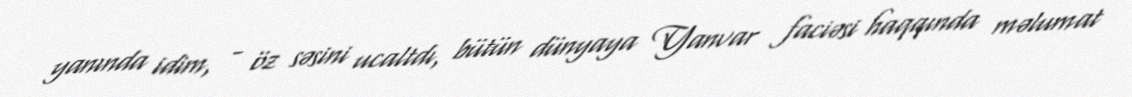
yanında idim, - öz səsini ucaltdı, bütün dünyaya Yanvar faciəsi haqqında məlumat